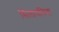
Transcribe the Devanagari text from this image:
सिलायचिया